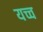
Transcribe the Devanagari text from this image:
यच्च